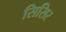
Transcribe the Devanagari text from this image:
सिसिर